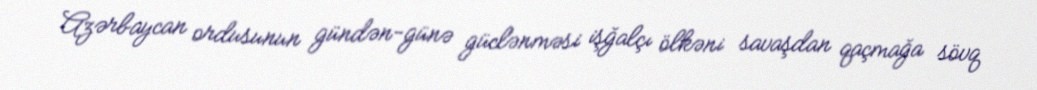
Azərbaycan ordusunun gündən-günə güclənməsi işğalçı ölkəni savaşdan qaçmağa sövq